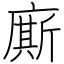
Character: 廝